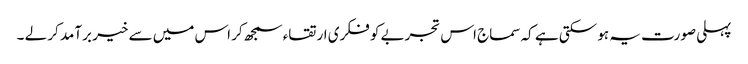
پہلی صورت یہ ہو سکتی ہے کہ سماج اس تجربے کو فکری ارتقاء سمجھ کر اس میں سے خیر برآمد کر لے ۔